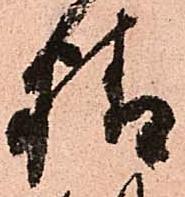
精